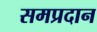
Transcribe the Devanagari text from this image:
समप्रदान